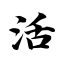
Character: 活